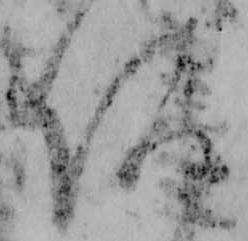
何